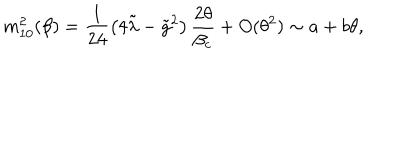
m _ { 1 0 } ^ { 2 } ( \beta ) = \frac { 1 } { 2 4 } \left( 4 \tilde { \lambda } - \tilde { g } ^ { 2 } \right) \frac { 2 \theta } { \beta _ { c } } + O ( \theta ^ { 2 } ) \sim a + b \theta ,